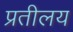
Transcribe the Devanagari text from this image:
प्रतीलय